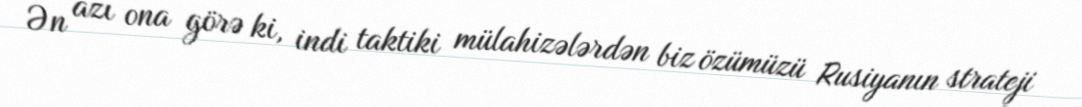
Ən azı ona görə ki, indi taktiki mülahizələrdən biz özümüzü Rusiyanın strateji